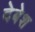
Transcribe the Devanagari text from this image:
देबेश